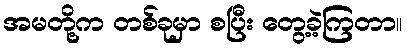
အမတို့က တစ်ခုမှာ စပြီး တွေ့ခဲ့ကြတာ။